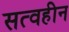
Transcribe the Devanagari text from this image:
सत्वहीन